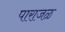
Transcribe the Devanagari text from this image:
पाराजळ